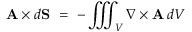
\mathbf { A } \times d \mathbf { S } \ = \ - \iiint _ { V } \nabla \times \mathbf { A } \, d V